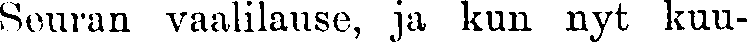
Seuran vaalilause, ja kun nyt kuu-